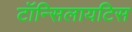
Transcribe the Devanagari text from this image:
टॉन्सिलायटिस